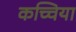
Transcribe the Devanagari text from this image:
कच्चिया